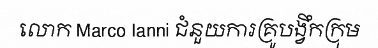
លោក Marco Ianni ជំនួយការគ្រូបង្វឹកក្រុម